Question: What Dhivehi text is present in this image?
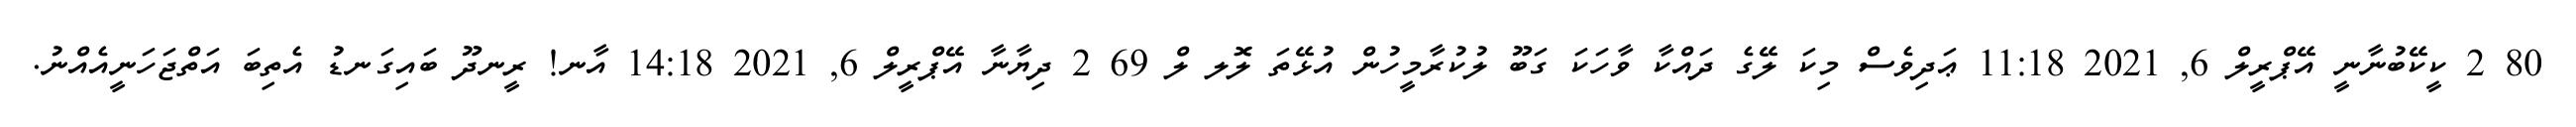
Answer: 80 2 ކީކޭބުނާނީ އޭޕްރީލް 6, 2021 11:18 ޢަދިވެސް މިކަ ލޭގެ ދައްކާ ވާހަކަ ގަބޫ ލުކުރާމީހުން އުޅޭތަ ލޮލ ލް 69 2 ދިޔާނާ އޭޕްރީލް 6, 2021 14:18 އާނ! ރީނދޫ ބައިގަނޑު އެތިބަ އަތްޖަހަނީއެއްނު.